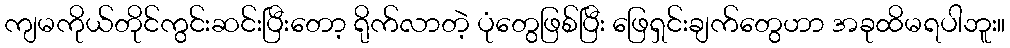
ကျမကိုယ်တိုင်ကွင်းဆင်းပြီးတော့ ရိုက်လာတဲ့ ပုံတွေဖြစ်ပြီး ဖြေရှင်းချက်တွေဟာ အခုထိမရပါဘူး။